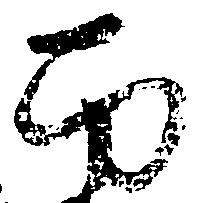
南